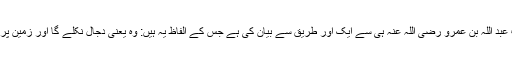
امام طبرانی نے یہ حدیث حضرت عبد اللہ بن عمرو رضی اللہ عنہ ہی سے ایک اور طریق سے بیان کی ہے جس کے الفاظ یہ ہیں: وہ یعنی دجال نکلے گا اور زمین پر چالیس صبح (دن) تک ٹھہرے گا۔